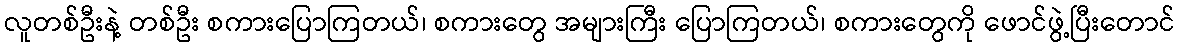
လူတစ်ဦးနဲ့ တစ်ဦး စကားပြောကြတယ်၊ စကားတွေ အများကြီး ပြောကြတယ်၊ စကားတွေကို ဖောင်ဖွဲ့ပြီးတောင်